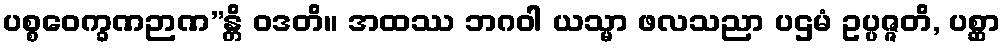
ပစ္စဝေက္ခဏဉာဏ”န္တိ ဝဒတိ။ အထဿ ဘဂဝါ ယသ္မာ ဖလသညာ ပဌမံ ဥပ္ပဇ္ဇတိ, ပစ္ဆာ